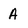
Character: A